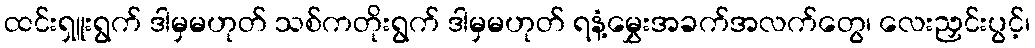
ထင်းရှူးရွက် ဒါမှမဟုတ် သစ်ကတိုးရွက် ဒါမှမဟုတ် ရနံ့မွှေးအခက်အလက်တွေ၊ လေးညှင်းပွင့်၊